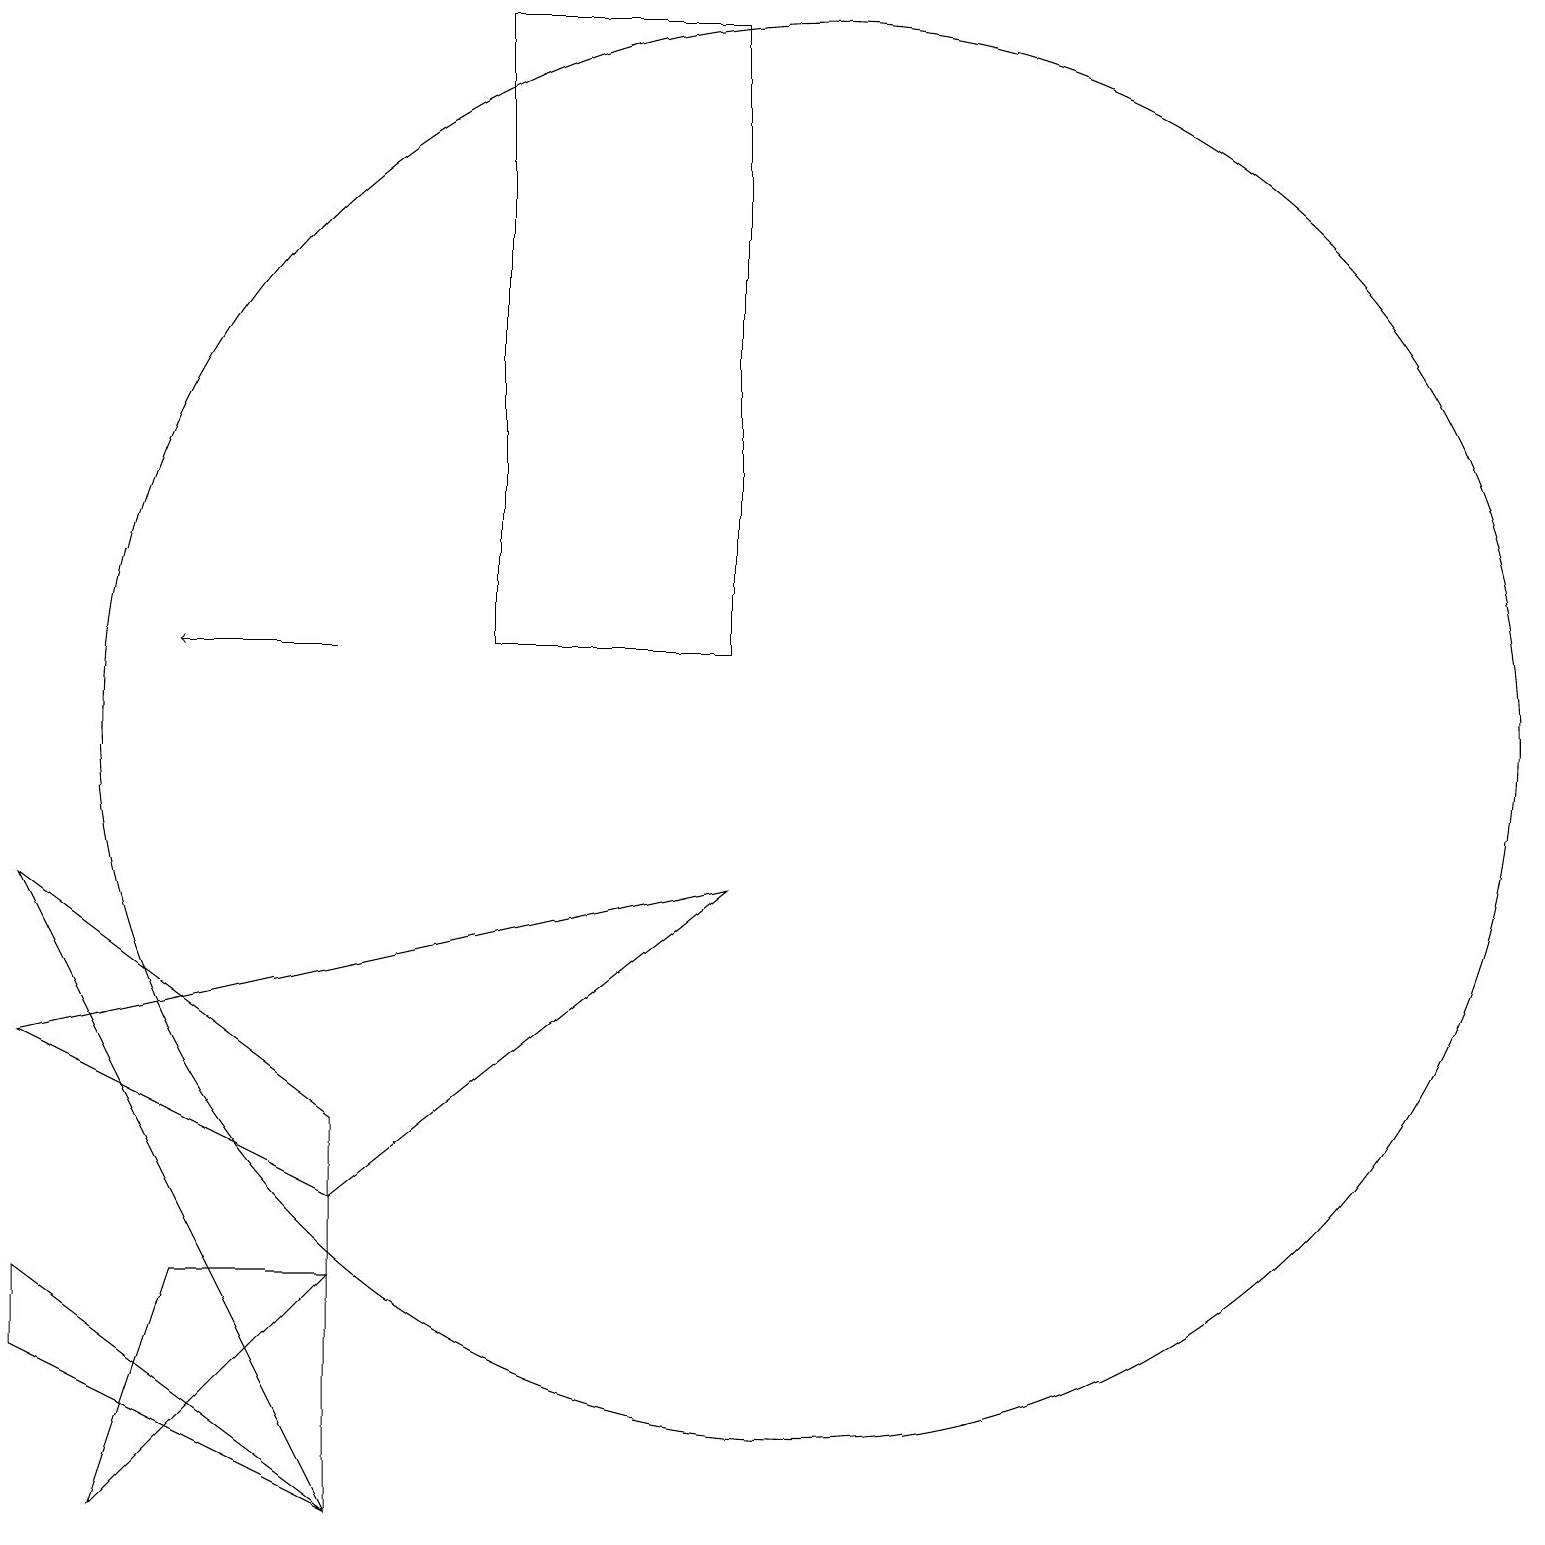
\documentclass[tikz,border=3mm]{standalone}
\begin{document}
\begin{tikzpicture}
\draw (9,8) -- (0,6) -- (4,4) -- cycle;
\draw (10,10) circle (9);
\draw (0,2) -- (4,0) -- (0,3) -- cycle;
\draw (6,11) rectangle (9,19);
\draw (2,3) -- (1,0) -- (4,3) -- cycle;
\draw[->] (4,11) -- (2,11);
\draw (0,8) -- (4,5) -- (4,0) -- cycle;
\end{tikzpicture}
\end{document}